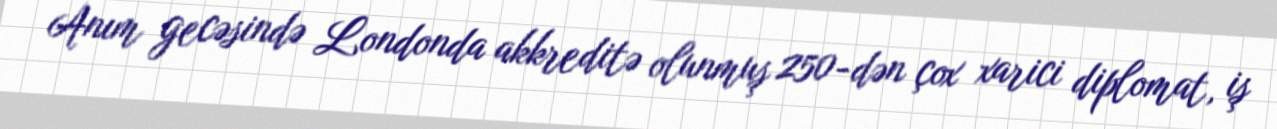
Anım gecəsində Londonda akkreditə olunmuş 250-dən çox xarici diplomat, iş